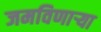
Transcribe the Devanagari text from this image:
जमविणार्‍या